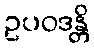
ဥပဝဒန္တိ